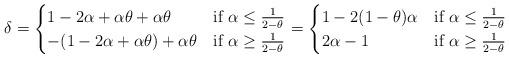
LaTeX: \begin{align*}\delta&=\begin{cases}1-2\alpha+\alpha\theta+\alpha\theta & {\hbox{if }} \alpha\leq\tfrac{1}{2-\theta}\\-(1-2\alpha+\alpha\theta)+\alpha\theta & {\hbox{if }} \alpha\geq\tfrac{1}{2-\theta}\\\end{cases}=\begin{cases}1-2(1-\theta)\alpha & {\hbox{if }} \alpha\leq\tfrac{1}{2-\theta}\\2\alpha-1 & {\hbox{if }} \alpha\geq\tfrac{1}{2-\theta}\end{cases}\end{align*}